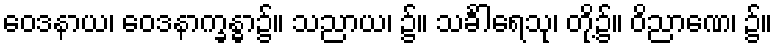
ဝေဒနာယ၊ ဝေဒနာက္ခန္ဓာ၌။ သညာယ၊ ၌။ သင်္ခါရေသု၊ တို့၌။ ဝိညာဏေ၊ ၌။